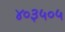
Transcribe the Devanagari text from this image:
४०३५०५